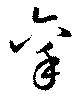
稟